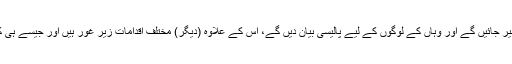
بات کو جاری رکھتے ہوئے انہوں نے کہا کہ 'کل وزیراعظم عمران خان آزاد کشمیر جائیں گے اور وہاں کے لوگوں کے لیے پالیسی بیان دیں گے، اس کے علاوہ (دیگر) مختلف اقدامات زیر غور ہیں اور جیسے ہی کچھ حتمی ہوتا ہے تو ہم اس بارے میں بتائیں گے، فی الحال ابھی کچھ حتمی نہیں'۔